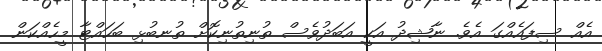
އެއް ސިފައެއްގަ އެވެ. ނާޝިދު އަކީ އަބަދުވެސް ތުނިތުނިކޮށް ތުނބުޅި ބަހައްޓާ މީހެއްކަން